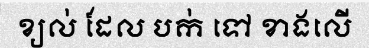
ខ្យល់ ដែល បក់ ទៅ ខាងលើ